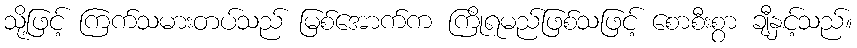
သို့ဖြင့် ကြက်သမားတပ်သည် မြစ်အောက်က ကြိုရမည်ဖြစ်သဖြင့် စောစီးစွာ ချီနှင့်သည်။